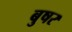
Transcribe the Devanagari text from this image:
बुषर